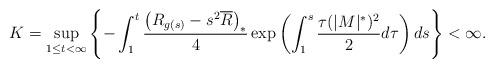
LaTeX: \begin{align*}K =\sup_{1\leq t<\infty}\left\{ -\int_{1}^{t}\frac{\left(R_{g(s)}-s^{2}\overline{R}\right)_{*}}{4}\exp\left(\int_{1}^{s}\frac{\tau(|M|^{*})^{2}}{2}d\tau\right)ds\right\} <\infty.\end{align*}